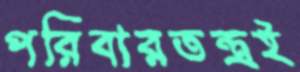
পরিবারতন্ত্রই